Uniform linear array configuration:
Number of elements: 8
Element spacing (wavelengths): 0.5
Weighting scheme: hann
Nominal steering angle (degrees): -60
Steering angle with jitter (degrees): -59.033
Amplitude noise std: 0.05
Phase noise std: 0.05

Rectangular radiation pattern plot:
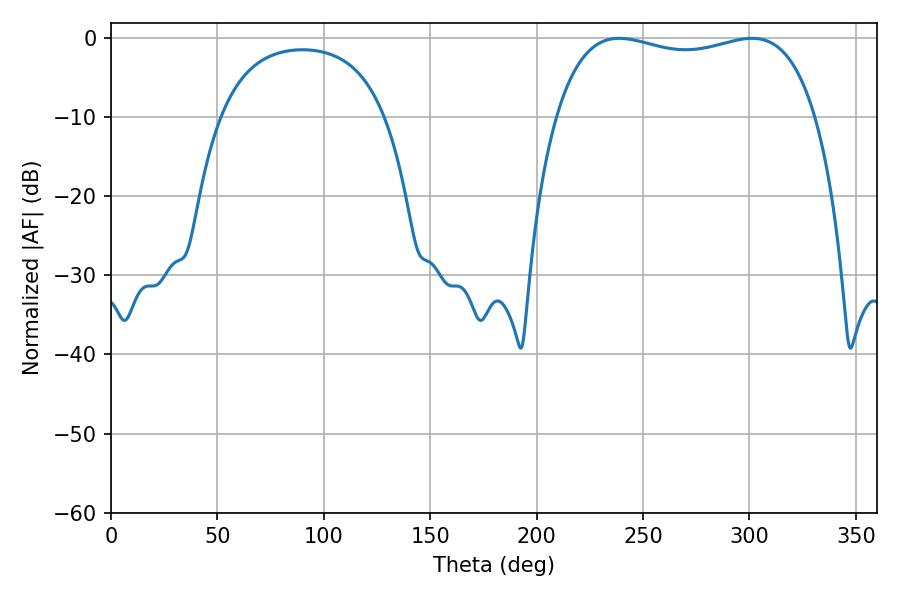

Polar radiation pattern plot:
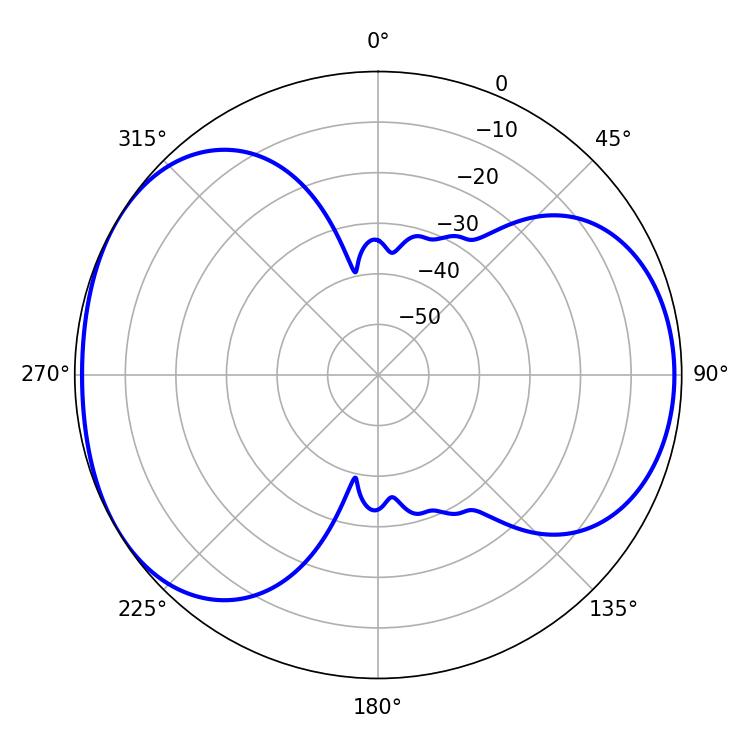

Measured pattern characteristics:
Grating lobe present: FALSE
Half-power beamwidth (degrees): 99.36
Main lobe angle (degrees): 238.86